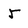
Character: 5